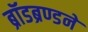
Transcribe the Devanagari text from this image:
ब्रॉडब्रण्डने